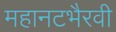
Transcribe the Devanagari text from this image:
महानटभैरवी